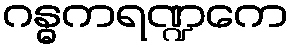
ဂန္ဓကရဏ္ဍကေ